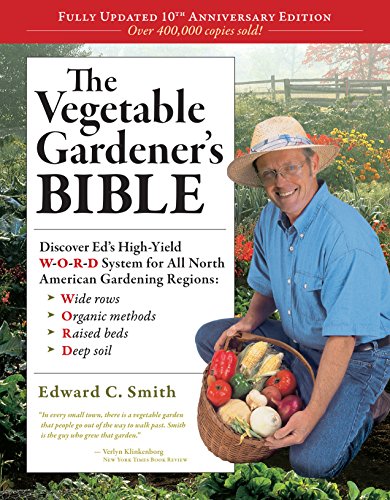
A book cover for The Vegetable Gardener's Bible, 2nd Edition; Edward C. Smith; Crafts, Hobbies & Home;